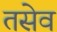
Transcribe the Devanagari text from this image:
तसेव